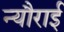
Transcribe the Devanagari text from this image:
न्यौराई